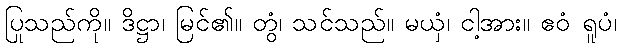
ပြုသည်ကို။ ဒိဋ္ဌာ၊ မြင်၏။ တွံ၊ သင်သည်။ မယှံ၊ ငါ့အား။ ဧဝံ ရူပံ၊